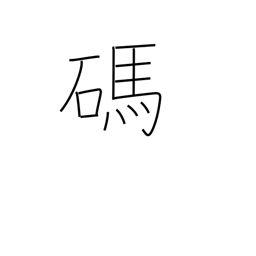
Meaning: number